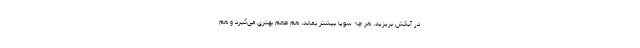
در آبکش بریزید. هر چه سویا بیشتر بماند، هم طعم بهتری می‌گیرد و هم